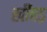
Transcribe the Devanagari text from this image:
खींचड़